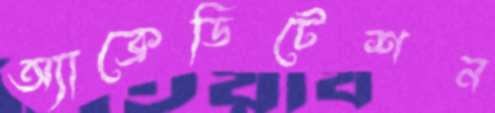
অ্যাক্রেডিটেশন